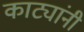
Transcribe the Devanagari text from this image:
काट्यांनी